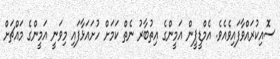
ސޮއިކުރައްވާފައިވެއެވެ. އެމްޑީޕީން އަމީންގެ އިތުބާރު ނެތް ކަމަށް ހުށައަޅާފައި މިވަނީ އަމީންގެ މައްޗަށް